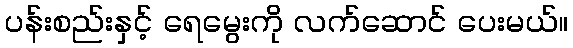
ပန်းစည်းနှင့် ရေမွေးကို လက်ဆောင် ပေးမယ်။